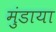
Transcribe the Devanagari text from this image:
मुंडाया